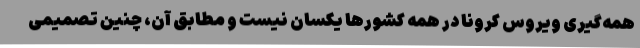
همه‌گیری ویروس کرونا در همه کشورها یکسان نیست و مطابق آن، چنین تصمیمی